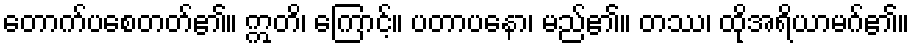
တောက်ပစေတတ်၏။ ဣတိ၊ ကြောင့်။ ပတာပနော၊ မည်၏။ တဿ၊ ထိုအရိယာမဂ်၏။